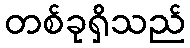
တစ်ခုရှိသည်